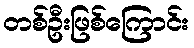
တစ်ဦးဖြစ်ကြောင်း